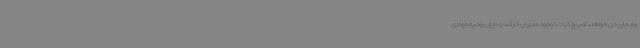
و ایمان می خواهد، تصریح کرد: با وجود مدیران کارآمد و دارای روحیه جهادی